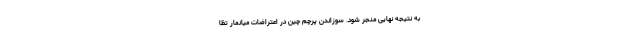
به نتیجه نهایی منجر شود. سوزاندن پرچم چین در اعتراضات میانمار تظا